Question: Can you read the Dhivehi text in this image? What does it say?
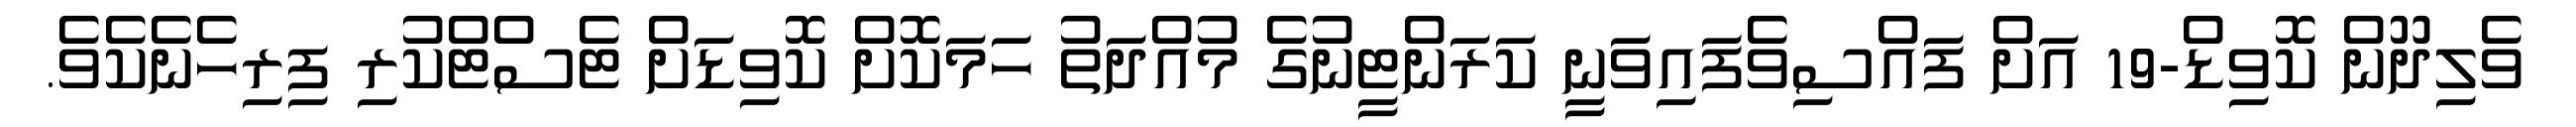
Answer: ވެލިދޫން ކޮވިޑް-19 އަށް ފައްސިވެފައިވަނީ ކަރަންޓީނުގެ މުއްދަތު ހަމަކޮށް ކޮވިޑަށް ޓެސްޓްކުރި ފިރިހެނެކެވެ.